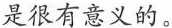
是很有意义的。